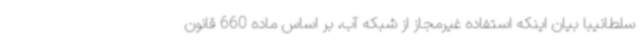
سلطانیبا بیان اینکه استفاده غیرمجاز از شبکه آب، بر اساس ماده 660 قانون